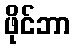
ဖိုင်ဘာ